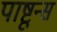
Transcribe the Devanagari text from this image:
पाष्टून्स